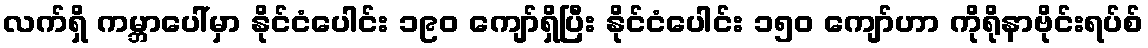
လက်ရှိ ကမ္ဘာပေါ်မှာ နိုင်ငံပေါင်း ၁၉၀ ကျော်ရှိပြီး နိုင်ငံပေါင်း ၁၅၀ ကျော်ဟာ ကိုရိုနာဗိုင်းရပ်စ်